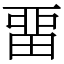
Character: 畱